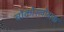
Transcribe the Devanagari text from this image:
चोकोस्लोवाक